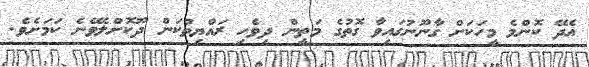
އެދޭ ކޮންމެ މީހަކަށް ގާނޫނުގައިވާ ގޮތުގެ މަތީން ދިވެހި ރައްޔިތުކަން ދޫކޮށްލެވޭނެ ކަމަށެވެ.